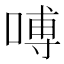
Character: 㗘